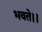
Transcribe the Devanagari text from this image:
भवते।।